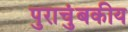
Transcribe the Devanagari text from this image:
पुराचुंबकीय